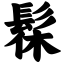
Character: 髹